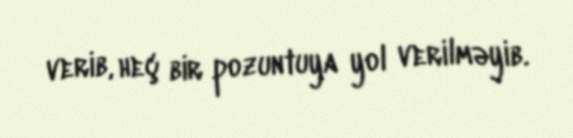
verib, heç bir pozuntuya yol verilməyib.